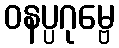
ဝနပ္ပဂုမ္ဗေ